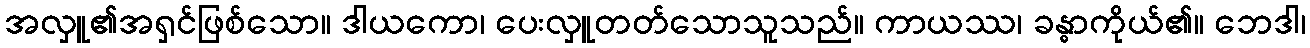
အလှူ၏အရှင်ဖြစ်သော။ ဒါယကော၊ ပေးလှူတတ်သောသူသည်။ ကာယဿ၊ ခန္ဓာကိုယ်၏။ ဘေဒါ၊